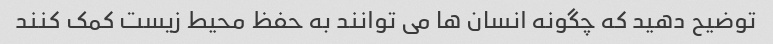
توضیح دهید که چگونه انسان ها می توانند به حفظ محیط زیست کمک کنند